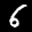
Label: 6